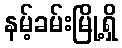
နမ့်ခမ်းမြို့ရှိ